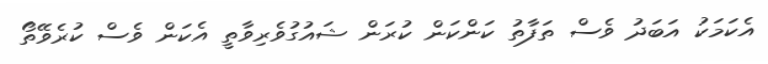
އެކަމަކު އަބަދު ވެސް ތަފާތު ކަންކަން ކުރަން ޝައުގުވެރިވާތީ އެކަން ވެސް ކުރެވޭތޯ